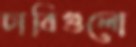
চাবিগুলো